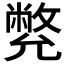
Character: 𠒳